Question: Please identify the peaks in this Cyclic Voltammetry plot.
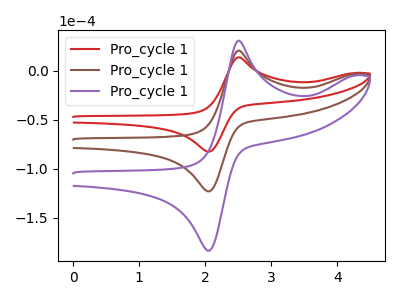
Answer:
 <answer>The red curve "Pro_cycle 11" has an anodic peak at (2.50V, 13.85uA) and a cathodic peak at (2.05V, -82.45uA). The brown curve "Pro_cycle 12" has an anodic peak at (2.50V, 20.70uA) and a cathodic peak at (2.05V, -123.00uA). The purple curve "Pro_cycle 13" has an anodic peak at (2.50V, 41.40uA) and a cathodic peak at (2.05V, -246.00uA).</answer>
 <eval></eval>